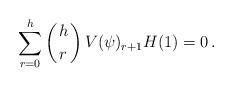
LaTeX: \begin{align*}\sum_{r=0}^h\left({h\atop r}\right)V(\psi)_{r+1}H(1)=0\,.\end{align*}